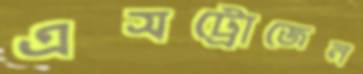
এসট্রোজেন